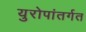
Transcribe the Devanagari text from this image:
युरोपांतर्गत